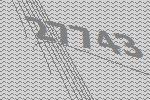
27743